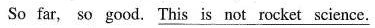
So far, so good, \underline{This is not rocket science.}